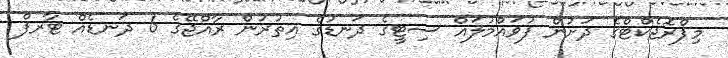
މިޕްރޮޖެކްޓްގެ ދަށުން ފުވައްމުލައް ސިޓީގެ ދަނޑުގެ އިތުރުން ރާއްޖޭގެ 6 ދަނޑެއް ޓާރފް